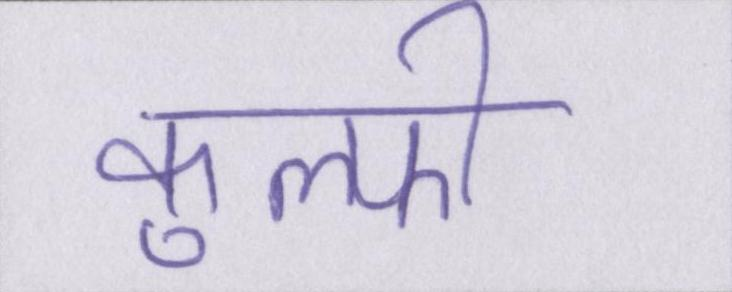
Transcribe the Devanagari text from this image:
कुल्फी